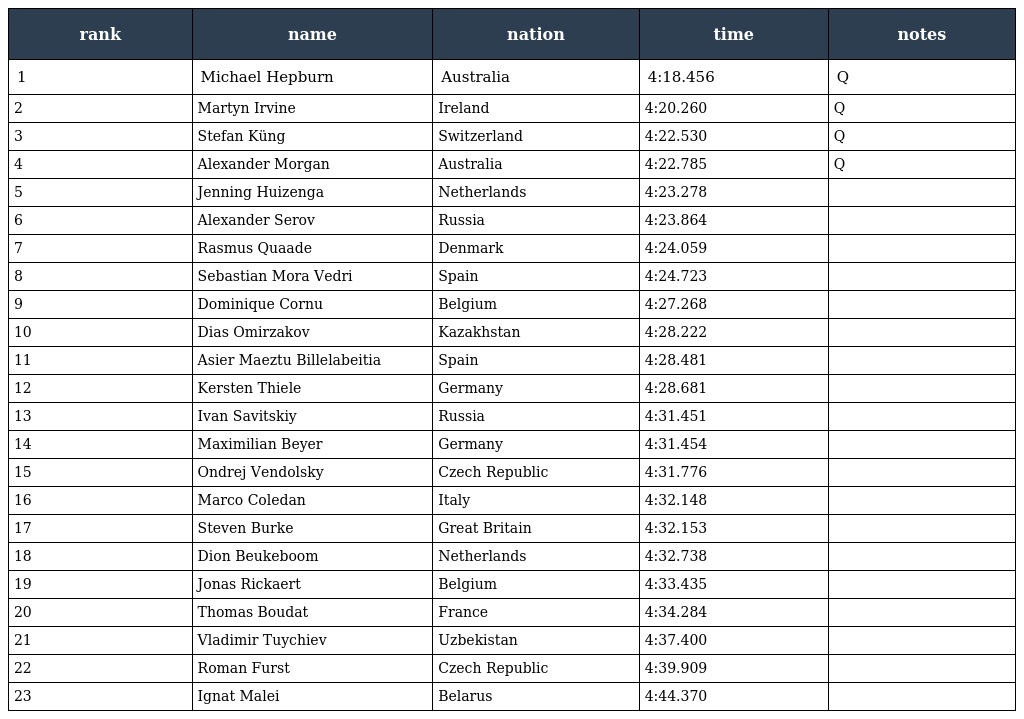
| rank | name | nation | time | notes |
 | --- | --- | --- | --- | --- |
 | 1 | Michael Hepburn | Australia | 4:18.456 | Q |
 | 2 | Martyn Irvine | Ireland | 4:20.260 | Q |
 | 3 | Stefan Küng | Switzerland | 4:22.530 | Q |
 | 4 | Alexander Morgan | Australia | 4:22.785 | Q |
 | 5 | Jenning Huizenga | Netherlands | 4:23.278 |  |
 | 6 | Alexander Serov | Russia | 4:23.864 |  |
 | 7 | Rasmus Quaade | Denmark | 4:24.059 |  |
 | 8 | Sebastian Mora Vedri | Spain | 4:24.723 |  |
 | 9 | Dominique Cornu | Belgium | 4:27.268 |  |
 | 10 | Dias Omirzakov | Kazakhstan | 4:28.222 |  |
 | 11 | Asier Maeztu Billelabeitia | Spain | 4:28.481 |  |
 | 12 | Kersten Thiele | Germany | 4:28.681 |  |
 | 13 | Ivan Savitskiy | Russia | 4:31.451 |  |
 | 14 | Maximilian Beyer | Germany | 4:31.454 |  |
 | 15 | Ondrej Vendolsky | Czech Republic | 4:31.776 |  |
 | 16 | Marco Coledan | Italy | 4:32.148 |  |
 | 17 | Steven Burke | Great Britain | 4:32.153 |  |
 | 18 | Dion Beukeboom | Netherlands | 4:32.738 |  |
 | 19 | Jonas Rickaert | Belgium | 4:33.435 |  |
 | 20 | Thomas Boudat | France | 4:34.284 |  |
 | 21 | Vladimir Tuychiev | Uzbekistan | 4:37.400 |  |
 | 22 | Roman Furst | Czech Republic | 4:39.909 |  |
 | 23 | Ignat Malei | Belarus | 4:44.370 |  |